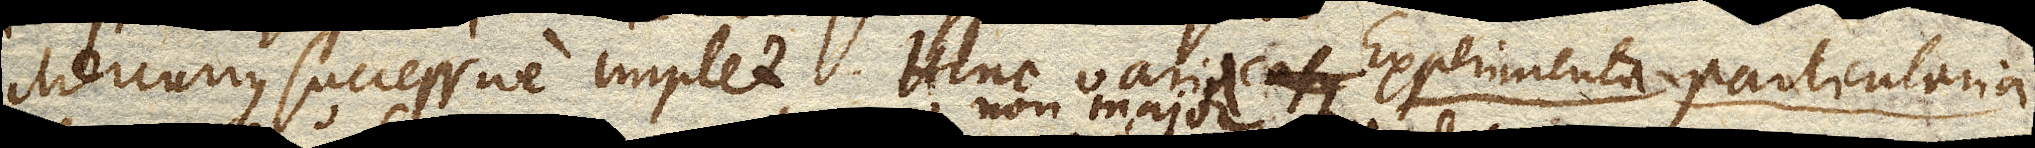
Mercurius successive implet. Hinc varii casus varia Experimenta particularia